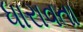
ધારાવતા